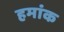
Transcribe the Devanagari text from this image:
हमांक